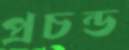
প্রচন্ড